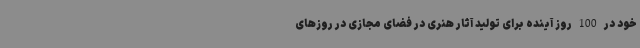
خود در 100 روز آینده برای تولید آثار هنری در فضای مجازی در روزهای